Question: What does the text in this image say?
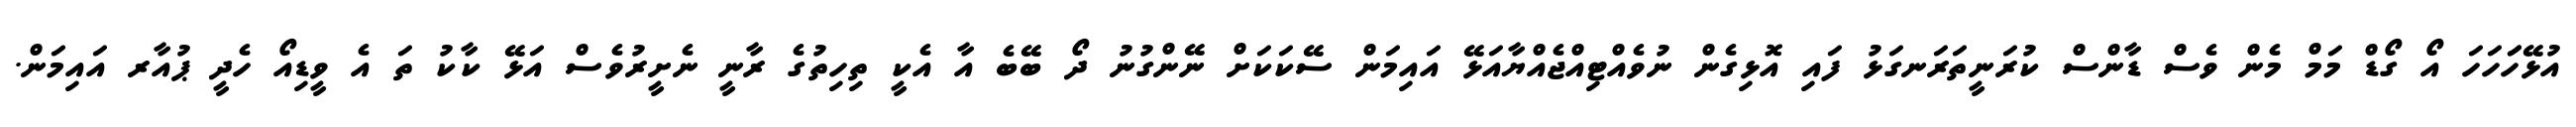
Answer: އުޅޭހަަހަހަ އޯ ގޯޑް މަމް މެން ވެސް ޑާންސް ކުރަނީތަރަނގަޅު ފައި އޮޅިގެން ނުވެއްޓިއްޖެއްޔާއަޅޭ އައިމަން ސޭކަކަށް ނޭންގުނު ދޯ ބޭބެ އާ އެކީ ތިހިތުގެ ރާނީ ނެށީރުވެސް އަޅޭ ކާކު ތަ އެ ވީޑިއޯ ހެދީ ޕުއާރ އައިމަން.